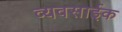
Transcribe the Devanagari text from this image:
व्यवसाईक